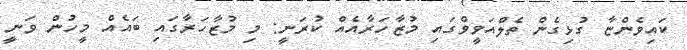
ކައިވެންޏާ ގުޅިގެން ތެލްއަވީވްގައި މުޒާހަރާއެއް ކުރަނީ: މި މުޒާހަރާގައި ބައެއް މީހުން ވަނީ